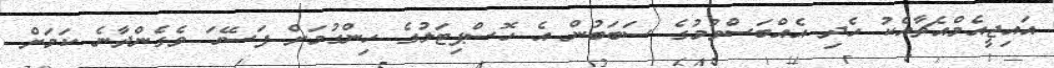
އައިޖީއެމްއެޗާއެކު ހެދި އެއްބަސްވުމުގެ ސަބަބުން އެ ހޮސްޕިޓަލުގެ ހިންގުމަށް ފަސޭހަ ވެގެންދާނެ ކަމަށް